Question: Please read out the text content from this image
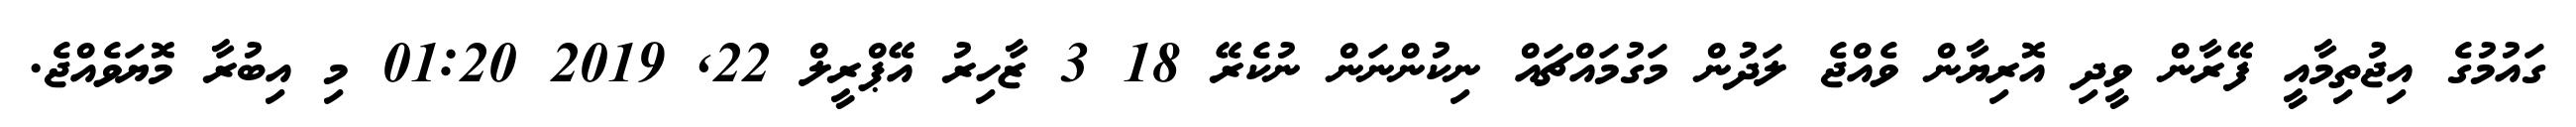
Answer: ގައުމުގެ އިޖުތިމާއީ ފޭރާން ވީދި އޮރިޔާން ވެއްޖެ ލަދުން މަގުމައްޗައް ނިކުންނަން ނުކެރޭ 18 3 ޒާހިރު އޭޕްރީލް 22, 2019 01:20 މި އިބުރާ މޮޔަވެއްޖެ.